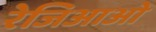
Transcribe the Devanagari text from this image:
रेजिआओ